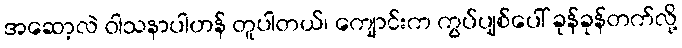
အဆော့လဲ ဝါသနာပါဟန် တူပါတယ်၊ ကျောင်းက ကွပ်ပျစ်ပေါ် ခုန်ခုန်တက်လို့